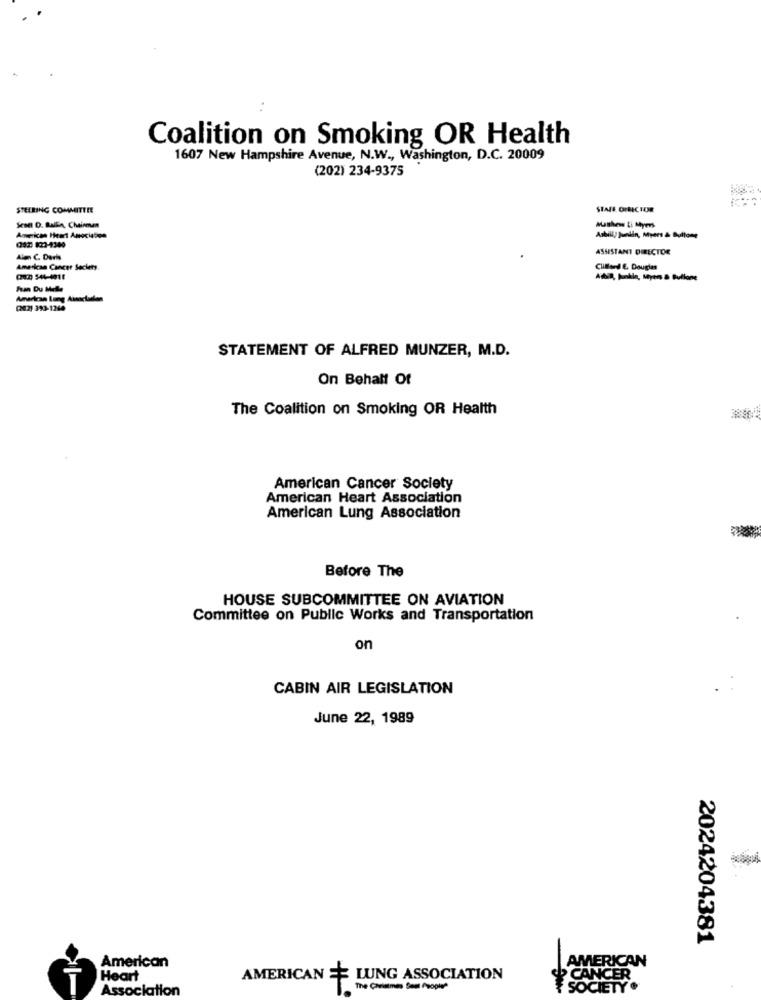
Coalition on Smoking OR Health
1607 New Hampshire Avenue, N.W ., Washington, D.C. 20009
(202) 234-9375
STEERING COMMITTEE
STAFF. OHECTOR
Scott D. Balkin, Chairman
Matthew ti Myers
American Heart Asociation
Asbill/ juniin, Myers & Bullone
ASSISTANT DIRECTOR
Alm C. Daris
American Cancer Society
Clifford E. Douglas
002 544-4011
Fran Du Melle
American Lung Ainectalan
(202) 393-1248
STATEMENT OF ALFRED MUNZER, M.D.
On Behalf Of
The Coalition on Smoking OR Health
American Cancer Society
American Heart Association
American Lung Association
Before The
HOUSE SUBCOMMITTEE ON AVIATION
Committee on Public Works and Transportation
on
CABIN AIR LEGISLATION
June 22, 1989
2024204381
AMERICAN
American
Heart
AMERICAN = LUNG ASSOCIATION
CANCER
Association
The Christmas Seul People
SOCIETY .